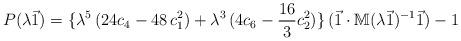
LaTeX: \begin{align*}P(\lambda \vec{1})= \{ \lambda^5\,(24 c_4-48\,c_1^2) + \lambda^3\,(4 c_6-\frac{16}{3} c_2^2) \} \,(\vec{1}\cdot \mathbb{M}(\lambda \vec{1})^{-1}\vec{1})-1\end{align*}